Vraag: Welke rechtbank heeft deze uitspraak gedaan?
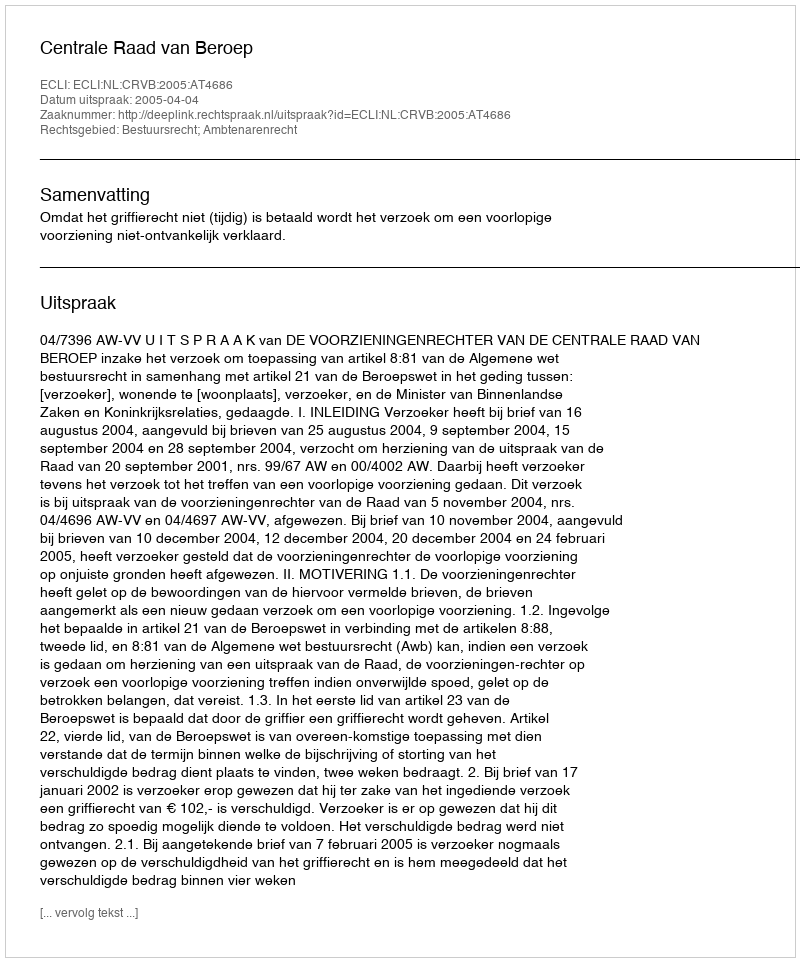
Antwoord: Centrale Raad van Beroep